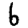
Digit: 6